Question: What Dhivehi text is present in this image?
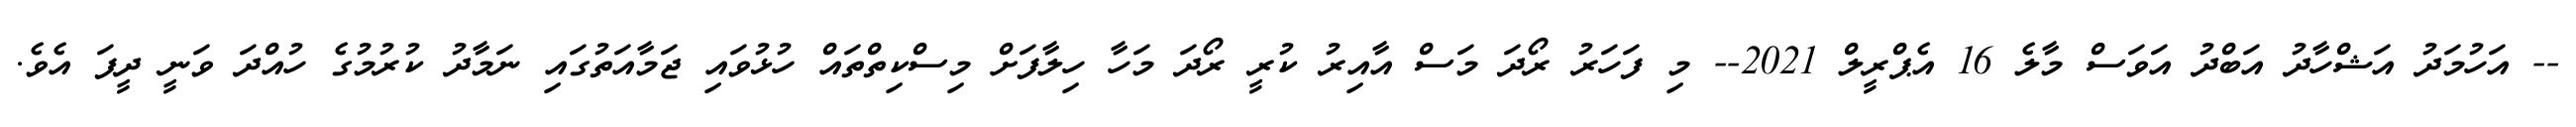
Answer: -- އަހުމަދު އަޝްހާދު އަބްދު އަވަސް މާލެ 16 އެޕްރީލް 2021-- މި ފަހަރު ރޯދަ މަސް އާއިރު ކުރީ ރޯދަ މަހާ ހިލާފަށް މިސްކިތްތައް ހުޅުވައި ޖަމާއަތުގައި ނަމާދު ކުރުމުގެ ހުއްދަ ވަނީ ދީފަ އެވެ.